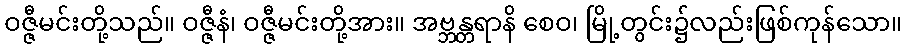
ဝဇ္ဇီမင်းတို့သည်။ ဝဇ္ဇီနံ၊ ဝဇ္ဇီမင်းတို့အား။ အဗ္ဘန္တရာနိ စေဝ၊ မြို့တွင်း၌လည်းဖြစ်ကုန်သော။